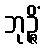
ဘုဉ္ဇိံ